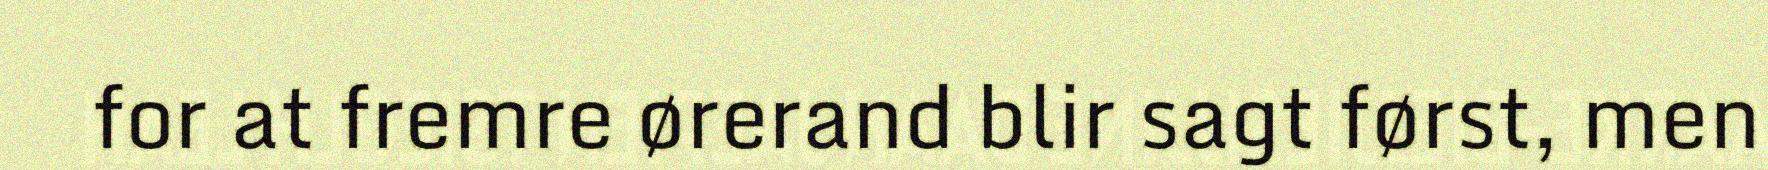
for at fremre ørerand blir sagt først, men